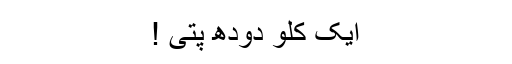
ایک کلو دودھ پتی !